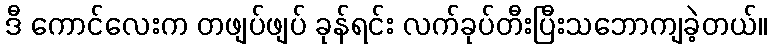
ဒီ ကောင်လေးက တဖျပ်ဖျပ် ခုန်ရင်း လက်ခုပ်တီးပြီးသဘောကျခဲ့တယ်။